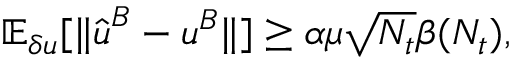
\mathbb { E } _ { \delta u } [ \| \hat { \boldsymbol { u } } ^ { B } - \boldsymbol { u } ^ { B } \| ] \ge \alpha \mu \sqrt { N _ { t } } \beta ( N _ { t } ) ,